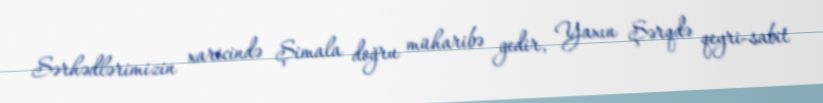
Sərhədlərimizin xaricində Şimala doğru müharibə gedir, Yaxın Şərqdə qeyri-sabit